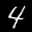
Label: 4